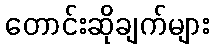
တောင်းဆိုချက်များ